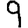
Digit: 9